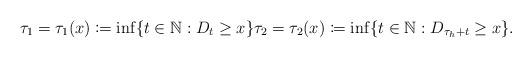
LaTeX: \begin{align*}\tau_1=\tau_1(x)\coloneqq \inf\{t\in \mathbb{N}:D_t\geq x\} \tau_2=\tau_2(x)\coloneqq \inf\{t\in \mathbb{N}:D_{\tau_h+t}\geq x\}.\end{align*}